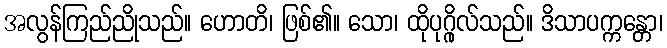
အလွန်ကြည်ညိုသည်။ ဟောတိ၊ ဖြစ်၏။ သော၊ ထိုပုဂ္ဂိုလ်သည်။ ဒိသာပက္ကန္တော၊